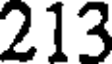
213